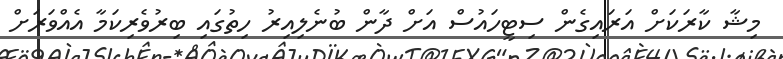
މިޝާ ކާރަކަށް އަރައިގެން ސިޓީހައުސް އަށް ދާން ބުނެލިއިރު ހިތުގައި ބިރުވެރިކަމާ އެއްވަރަށް